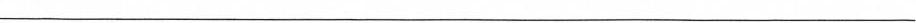
___